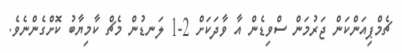
ޗެމްޕިއަންކަން ޖަރުމަން ސްވިޑެން އާ ވާދަކަށް 2-1 ލަނޑުން މެޗް ކާމިޔާބު ކޮށްގެންނެވެ.